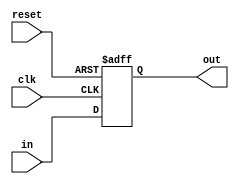
module Register(
  input reset,
  input [n-1:0] in,
  input clk,
  output reg [n-1:0] out = 0
);
  parameter n = 1;

  always @(posedge clk or posedge reset) begin
    if (reset) begin
	   out <= 0;
	 end else begin
	   out <= in;
    end
  end
  
endmodule